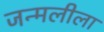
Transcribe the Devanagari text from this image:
जन्मलीला